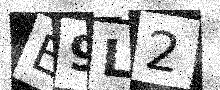
Text: E9L2